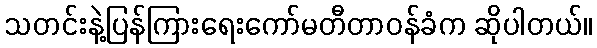
သတင်းနဲ့ပြန်ကြားရေးကော်မတီတာဝန်ခံက ဆိုပါတယ်။